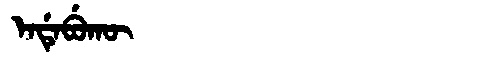
Manchu: ᡝᠨᡩᡝᠪᡠᡴᡡ
Romanization: ENDEBUKŪ